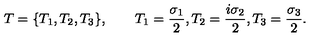
T = \{ T _ { 1 } , T _ { 2 } , T _ { 3 } \} , \qquad T _ { 1 } = { \frac { \sigma _ { 1 } } { 2 } } , T _ { 2 } = { \frac { i \sigma _ { 2 } } { 2 } } , T _ { 3 } = { \frac { \sigma _ { 3 } } { 2 } } .